Insane asylums Bombay 1873-77 - 1873-1877
Year: 1873
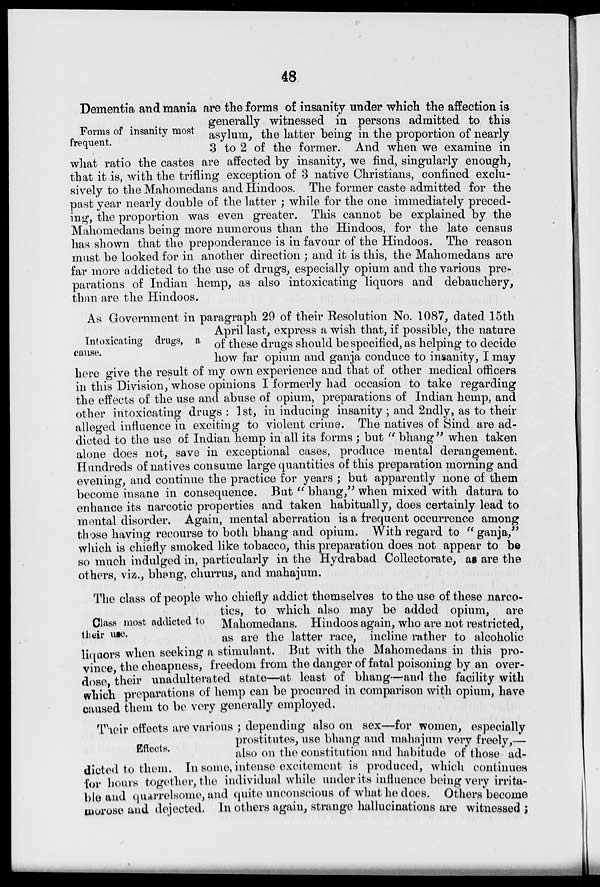
48
Forms of insanity most
frequent.
Dementia and mania are the forms of insanity under which the affection is
generally witnessed in persons admitted to this
asylum, the latter being in the proportion of nearly
3 to 2 of the former. And when we examine in
what ratio the castes are affected by insanity, we find, singularly enough,
that it is, with the trifling exception of 3 native Christians, confined exclu-
sively to the Mahomedans and Hindoos. The former caste admitted for the
past year nearly double of the latter ; while for the one immediately preced-
ing, the proportion was even greater. This cannot be explained by the
Mahomedans being more numerous than the Hindoos, for the late census
has shown that the preponderance is in favour of the Hindoos. The reason
must be looked for in another direction; and it is this, the Mahomedans are
far more addicted to the use of drugs, especially opium and the various pre-
parations of Indian hemp, as also intoxicating liquors and debauchery,
than are the Hindoos.
Intoxicating drugs, a
cause.
As Government in paragraph 29 of their Resolution No. 1087, dated 15th
April last, express a wish that, if possible, the nature
of these drugs should be specified, as helping to decide
how far opium and ganja conduce to insanity, I may
here give the result of my own experience and that of other medical officers
in this Division, whose opinions I formerly had occasion to take regarding
the effects of the use and abuse of opium, preparations of Indian hemp, and
other intoxicating drugs : 1st, in inducing insanity ; and 2ndly, as to their
alleged influence in exciting to violent crime. The natives of Sind are ad-
dicted to the use of Indian hemp in all its forms; but "bhang"
when taken
alone does not, save in exceptional cases, produce mental derangement.
Hundreds of natives consume large quantities of this preparation morning and
evening, and continue the practice for years ; but apparently none of them
become insane in consequence. But "bhang," when mixed with datura to
enhance its narcotic properties and taken habitually, does certainly lead to
mental disorder. Again, mental aberration is a frequent occurrence among
those having recourse to both bhang and opium. With regard to "ganja,"
which is chiefly smoked like tobacco, this preparation does not appear to be
so much indulged in, particularly in the Hydrabad Collectorate, as are the
others, viz., bhang, churrus, and mahajum.
Class most addicted to
their use.
The class of people who chiefly addict themselves to the use of these narco-
tics, to which also may be added opium, are
Mahomedans. Hindoos again, who are not restricted,
as are the latter race, incline rather to alcoholic
liquors when seeking a stimulant. But with the Mahomedans in this pro-
vince, the cheapness, freedom from the danger of fatal poisoning by an over-
dose, their unadulterated state—at least of bhang—and the facility with
which preparations of hemp can be procured in comparison with opium, have
caused them to be very generally employed.
Effects.
Their effects are various; depending also on sex—for women, especially
prostitutes, use bhang and mahajum very freely,—
also on the constitution and habitude of those ad-
dicted to them. In some, intense excitement is produced, which continues
for hours together, the individual while under its influence being very irrita-
ble and quarrelsome, and quite unconscious of what he does. Others become
morose and dejected. In others again, strange hallucinations are witnessed;